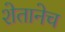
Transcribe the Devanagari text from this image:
शेतानेच